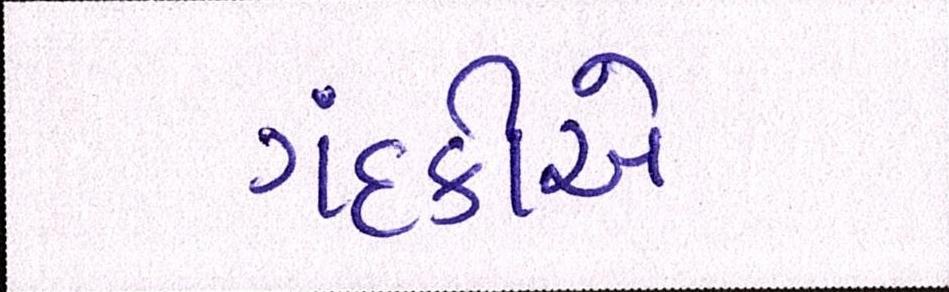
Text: ગંદકીએ